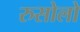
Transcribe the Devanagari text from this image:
रुसोलो